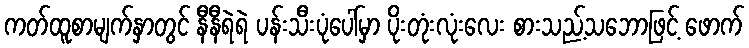
ကတ်ထူစာမျက်နှာတွင် နီနီရဲရဲ ပန်းသီးပုံပေါ်မှာ ပိုးတုံးလုံးလေး စားသည့်သဘောဖြင့် ဖောက်